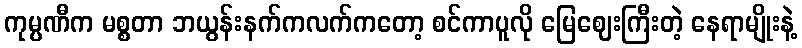
ကုမ္ပဏီက မစ္စတာ ဘယွန်းနက်ကလက်ကတော့ စင်ကာပူလို မြေဈေးကြီးတဲ့ နေရာမျိုးနဲ့